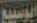
ابوسبيع